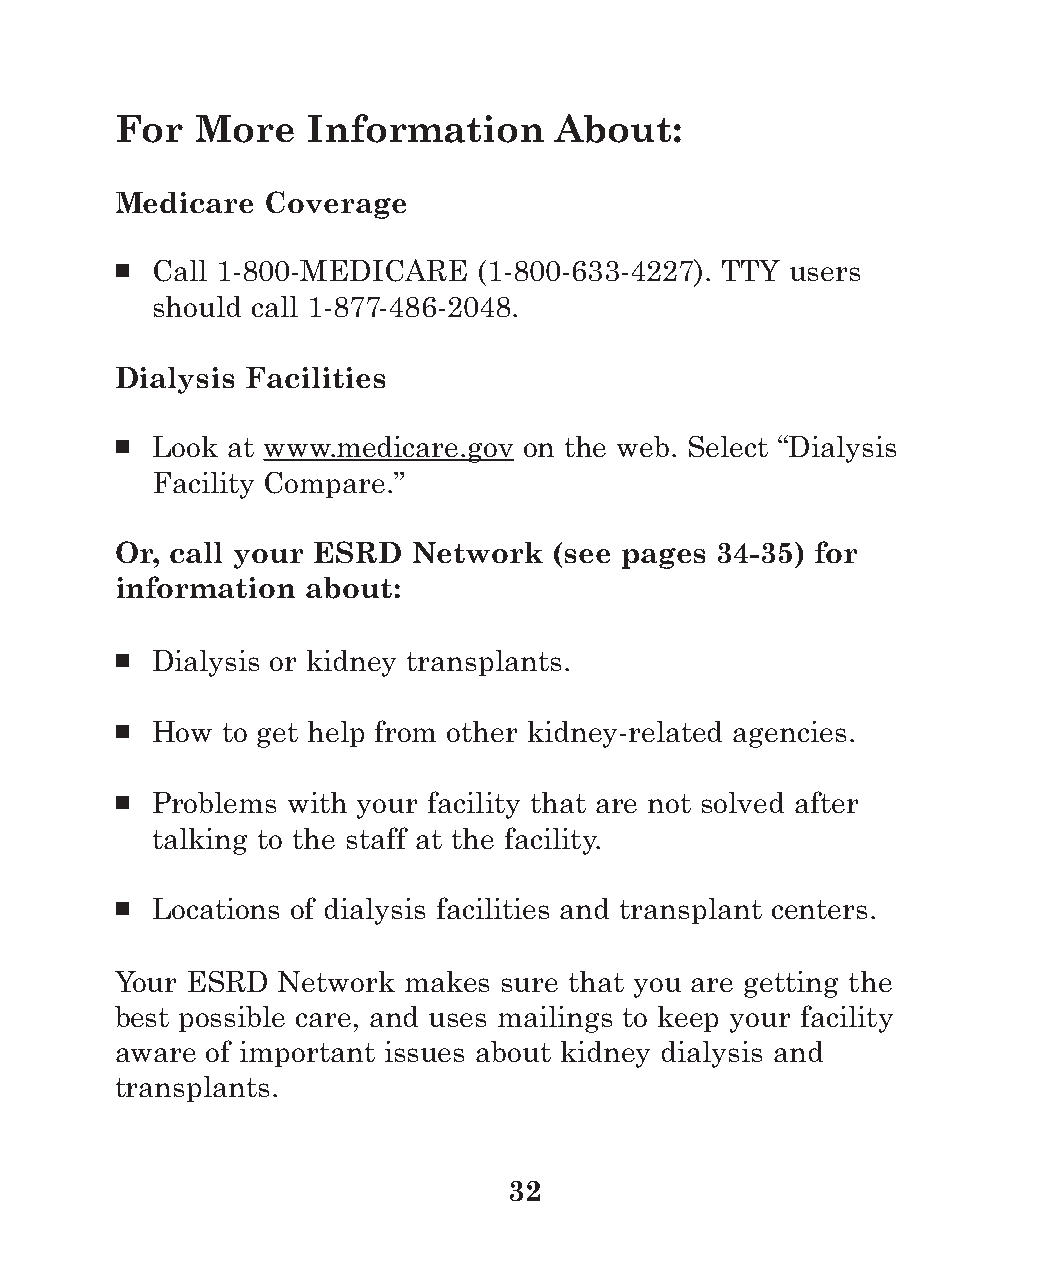
For  More   Information      About:
 Medicare  Coverage
 ■ Call 1-800-MEDICARE   (1-800-633-4227). TTY users
 should call 1-877-486-2048.
 Dialysis Facilities
 ■ Look at www.medicare.gov on the web. Select “Dialysis
 Facility Compare.”
 Or, call your ESRD Network   (see pages 34-35) for
 information about:
 ■ Dialysis or kidney transplants.
 ■ How  to get help from other kidney-related agencies.
 ■ Problems with your facility that are not solved after
 talking to the staff at the facility.
 ■ Locations of dialysis facilities and transplant centers.
 Your ESRD Network  makes sure that you are getting the
 best possible care, and uses mailings to keep your facility
 aware of important issues about kidney dialysis and
 transplants.
 32